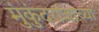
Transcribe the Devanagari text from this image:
मुंकुंदराजाच्या